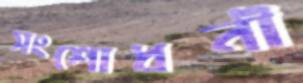
সংশোধনী